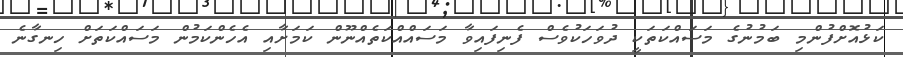
ކަޅުއޮށްފުންމި ބަމުނުގެ މަސައްކަތަކީ ދުވަހަކުވެސް ފެނިފައިވާ މަސައްއްކަތެއްނޫން ކަމަށާއި އެހެންކަމުން މަސައްކަތަށް ހިނގާނެ